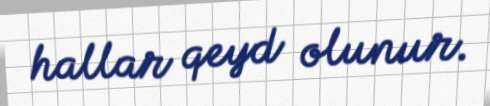
hallar qeyd olunur.